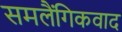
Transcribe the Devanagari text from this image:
समलैंगिकवाद